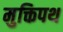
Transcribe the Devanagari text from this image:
मुक्तिपथ